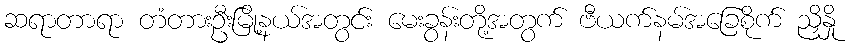
ဆရာတာရာ တံတားဦးမြို့နယ်အတွင်း မေးခွန်းတို့အတွက် ဗီယက်နမ်အခြေစိုက် ညှိနှို